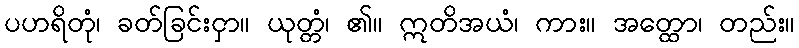
ပဟရိတုံ၊ ခတ်ခြင်းငှာ။ ယုတ္တံ၊ ၏။ ဣတိအယံ၊ ကား။ အတ္ထော၊ တည်း။